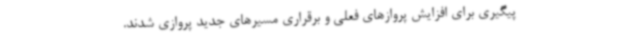
پیگیری برای افزایش پروازهای فعلی و برقراری مسیرهای جدید پروازی شدند.